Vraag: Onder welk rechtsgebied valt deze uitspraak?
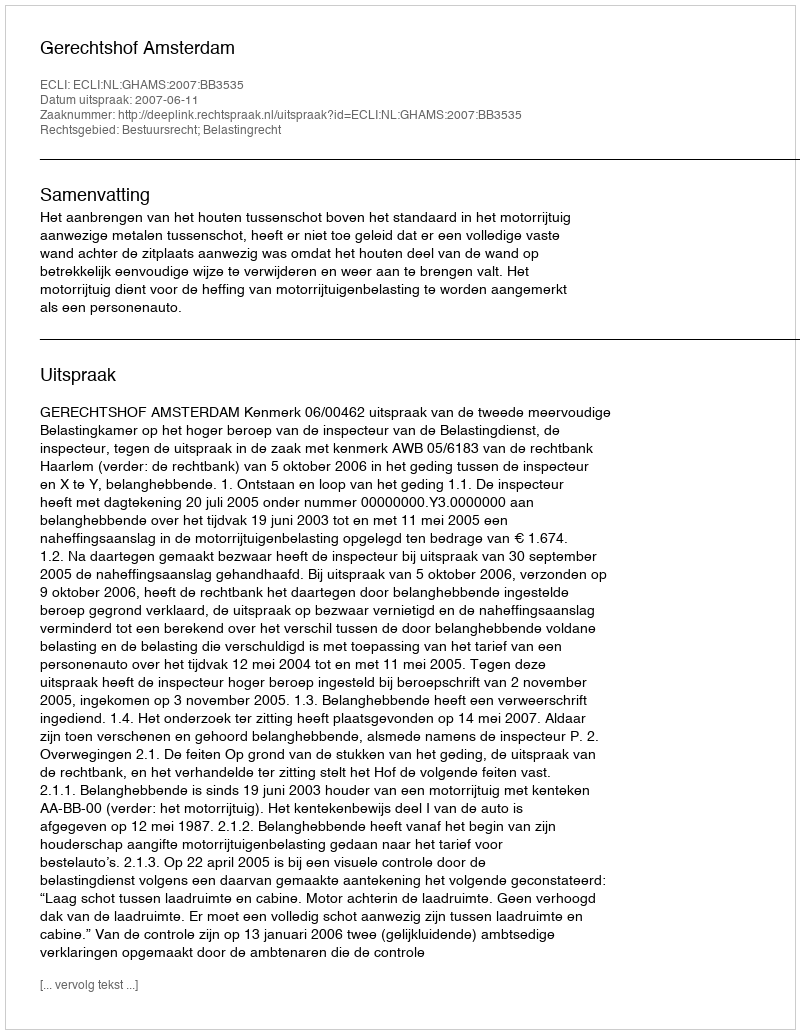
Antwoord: Bestuursrecht; Belastingrecht